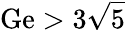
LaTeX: \mathrm{Ge}>3\sqrt{5}